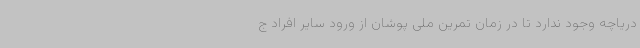
دریاچه وجود ندارد تا در زمان تمرین ملی پوشان از ورود سایر افراد ج